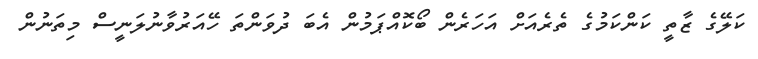
ކަލޭގެ ޒާތީ ކަންކަމުގެ ތެރެއަށް އަހަރެން ބޯކޮއްޕަމުން އެބަ ދުވަންތަ ހޭއަރުވާނުލަނީސް މިތަނުން